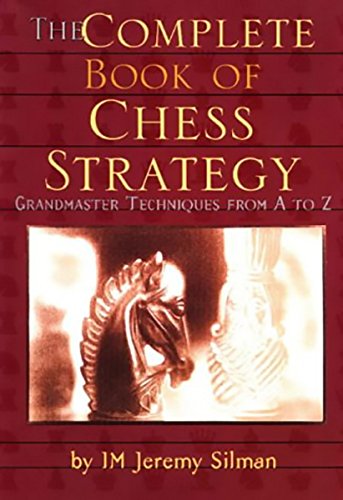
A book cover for Complete Book of Chess Strategy: Grandmaster Techniques from A to Z; Jeremy Silman; Humor & Entertainment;